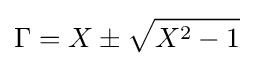
\Gamma =X\pm {\sqrt {X^{2}-1}}